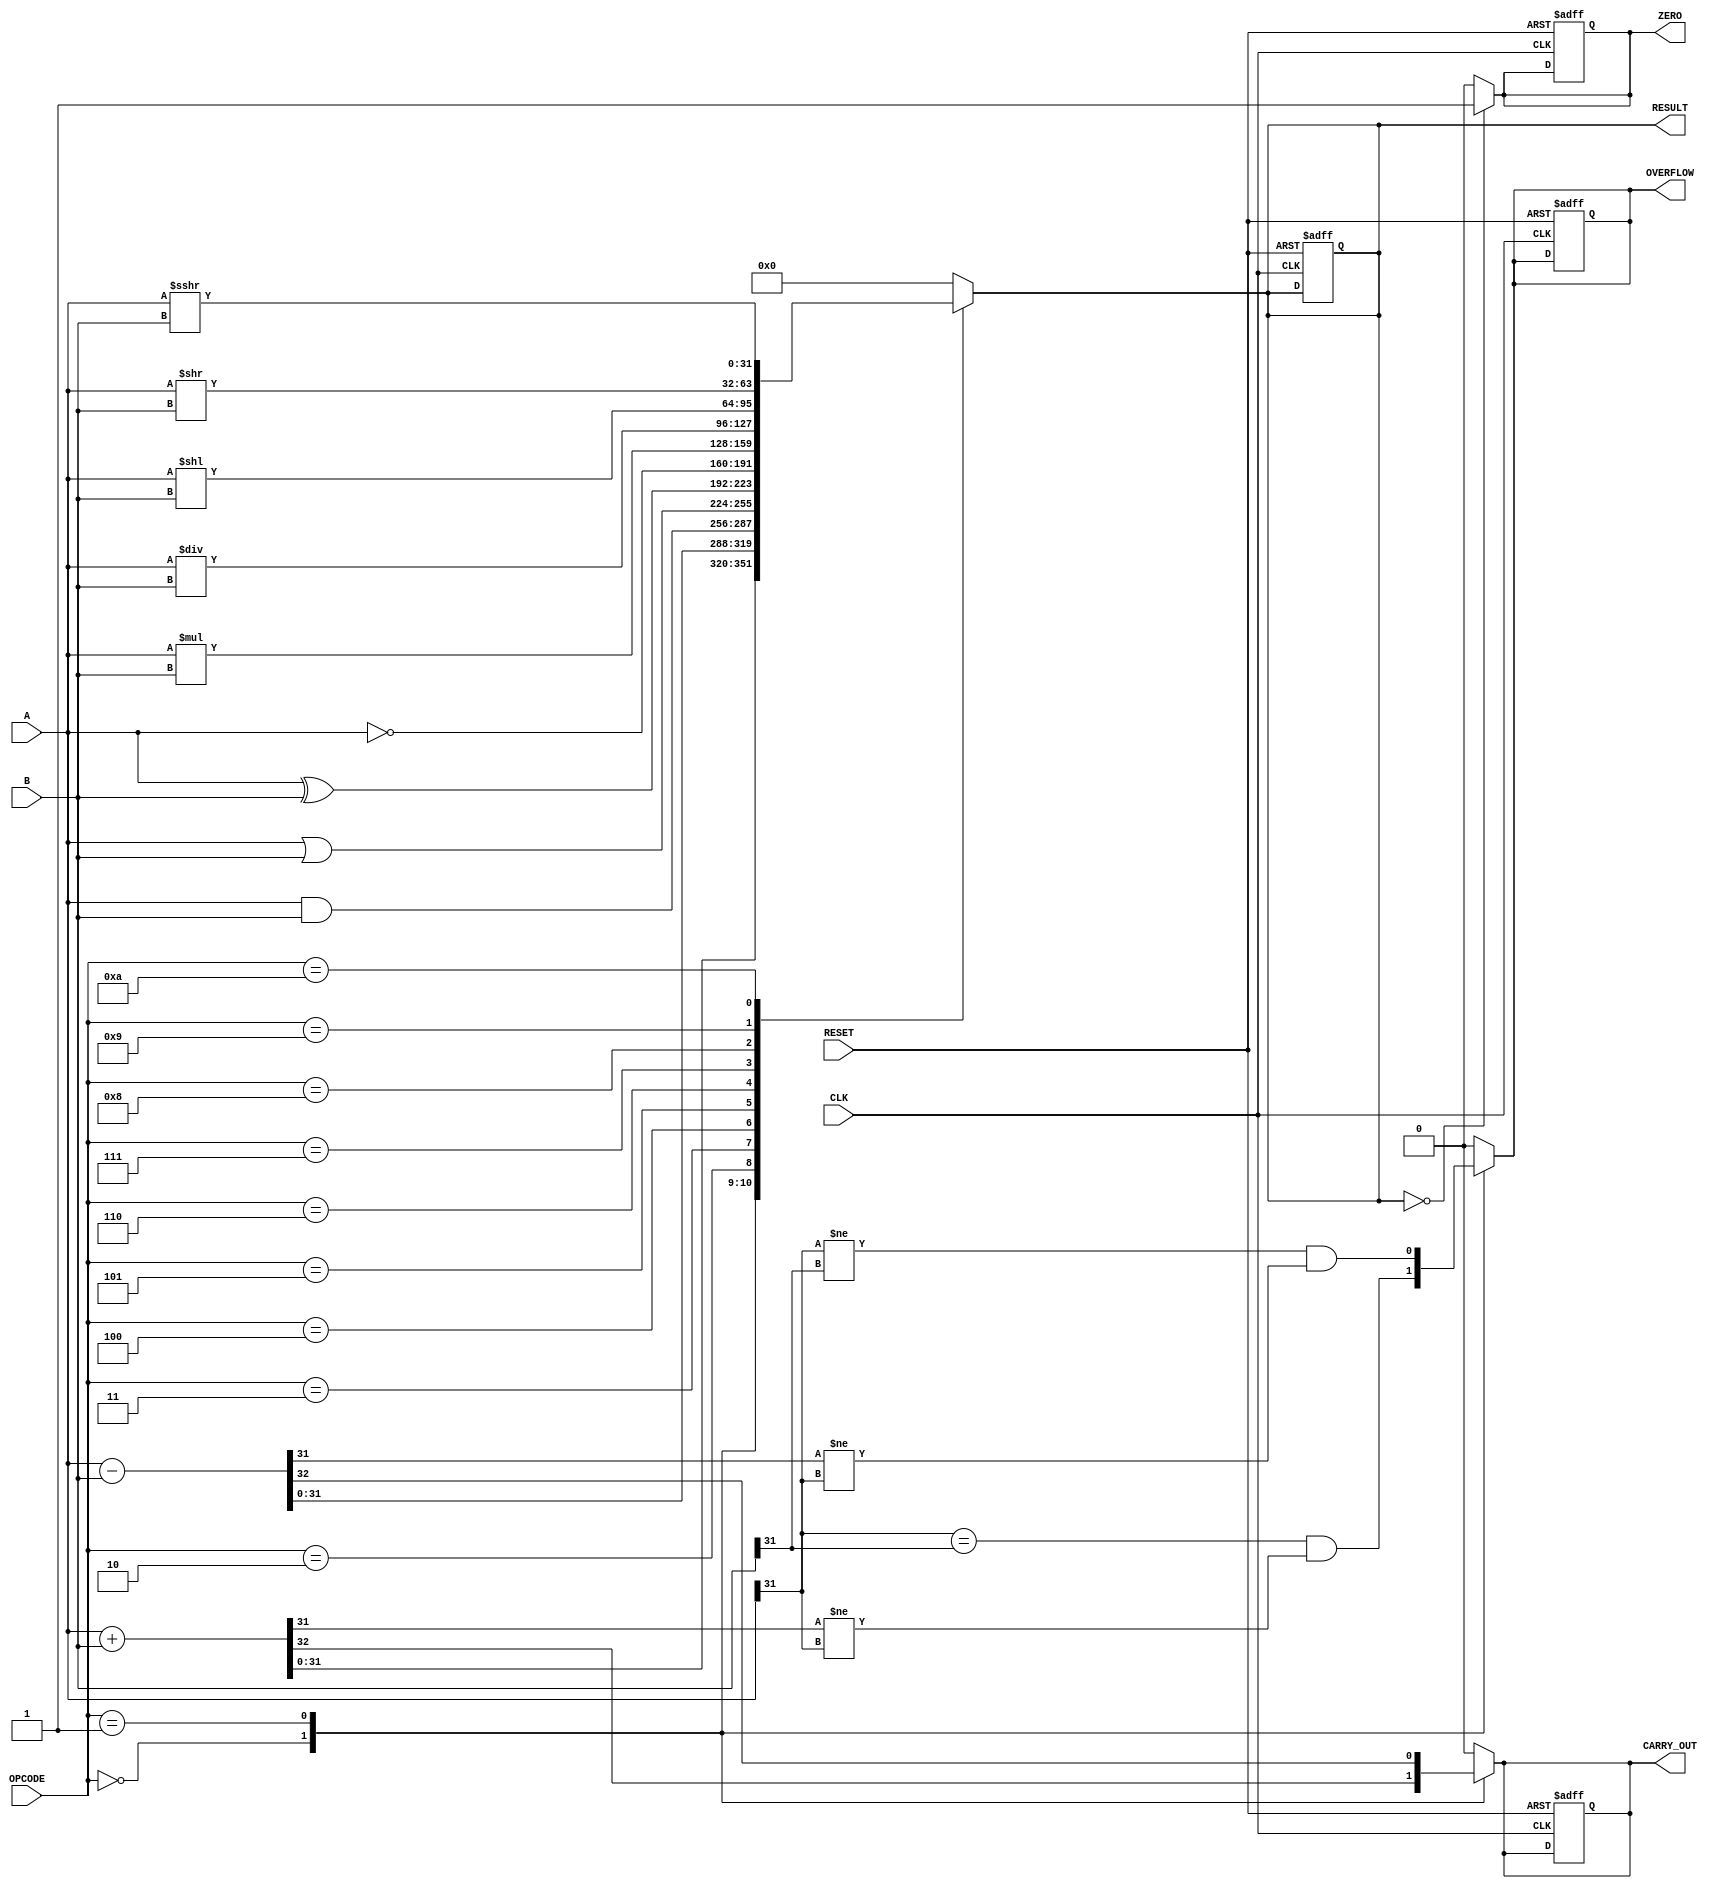
module ParameterizedALU #(
    parameter DATA_WIDTH = 32
)(
    input wire [DATA_WIDTH-1:0] A,       // First Operand
    input wire [DATA_WIDTH-1:0] B,       // Second Operand
    input wire [3:0] OPCODE,              // Operation Code
    input wire CLK,                       // Clock Signal
    input wire RESET,                     // Asynchronous Reset
    output reg [DATA_WIDTH-1:0] RESULT,  // Result of the operation
    output reg ZERO,                      // Zero Flag
    output reg OVERFLOW,                  // Overflow Flag
    output reg CARRY_OUT                  // Carry Out Flag
);

// Define operation codes
localparam ADD = 4'b0000;
localparam SUB = 4'b0001;
localparam AND = 4'b0010;
localparam OR  = 4'b0011;
localparam XOR = 4'b0100;
localparam NOT = 4'b0101;
localparam MUL = 4'b0110;
localparam DIV = 4'b0111;
localparam SLL = 4'b1000; // Shift Left Logical
localparam SRL = 4'b1001; // Shift Right Logical
localparam SAR = 4'b1010; // Shift Right Arithmetic

// Combinational Logic for ALU
always @(*) begin
    // Default values
    RESULT = 0;
    ZERO = 0;
    OVERFLOW = 0;
    CARRY_OUT = 0;
    
    case (OPCODE)
        ADD: begin
            {CARRY_OUT, RESULT} = A + B; // Addition with carry out
            OVERFLOW = (A[DATA_WIDTH-1] == B[DATA_WIDTH-1]) && (RESULT[DATA_WIDTH-1] != A[DATA_WIDTH-1]);
        end
        SUB: begin
            {CARRY_OUT, RESULT} = A - B; // Subtraction with borrow
            OVERFLOW = (A[DATA_WIDTH-1] != B[DATA_WIDTH-1]) && (RESULT[DATA_WIDTH-1] != A[DATA_WIDTH-1]);
        end
        AND: RESULT = A & B;              // AND operation
        OR:  RESULT = A | B;              // OR operation
        XOR: RESULT = A ^ B;              // XOR operation
        NOT: RESULT = ~A;                 // NOT operation
        MUL: RESULT = A * B;              // Multiplication
        DIV: RESULT = A / B;              // Division (Assume B != 0)
        SLL: RESULT = A << B;             // Shift Left Logical
        SRL: RESULT = A >> B;             // Shift Right Logical
        SAR: RESULT = $signed(A) >>> B;   // Shift Right Arithmetic
        default: RESULT = 0;              // Default case
    endcase
    
    // Zero flag
    if (RESULT == 0)
        ZERO = 1;
    else
        ZERO = 0;
end

// Synchronous logic to update flags and result
always @(posedge CLK or posedge RESET) begin
    if (RESET) begin
        RESULT <= 0;
        ZERO <= 0;
        OVERFLOW <= 0;
        CARRY_OUT <= 0;
    end else begin
        // Update output registers with the computed values
        RESULT <= RESULT;
        ZERO <= ZERO;
        OVERFLOW <= OVERFLOW;
        CARRY_OUT <= CARRY_OUT;
    end
end

endmodule